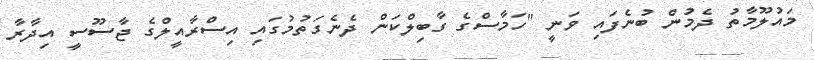
މައުލޫމާތު ދެމުން ބުނެފައި ވަނީ "ހަމާސްގެ ގާބިލްކަން ދެނެގަތުމުގައި އިސްރާއީލްގެ ޖާސޫސީ އިދާރާ